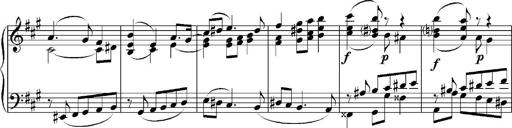
Title: Sonatina No.5
Composer: Otto Stoll
Key: F-sharp minor